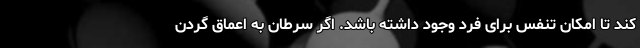
کند تا امکان تنفس برای فرد وجود داشته باشد. اگر سرطان به اعماق گردن